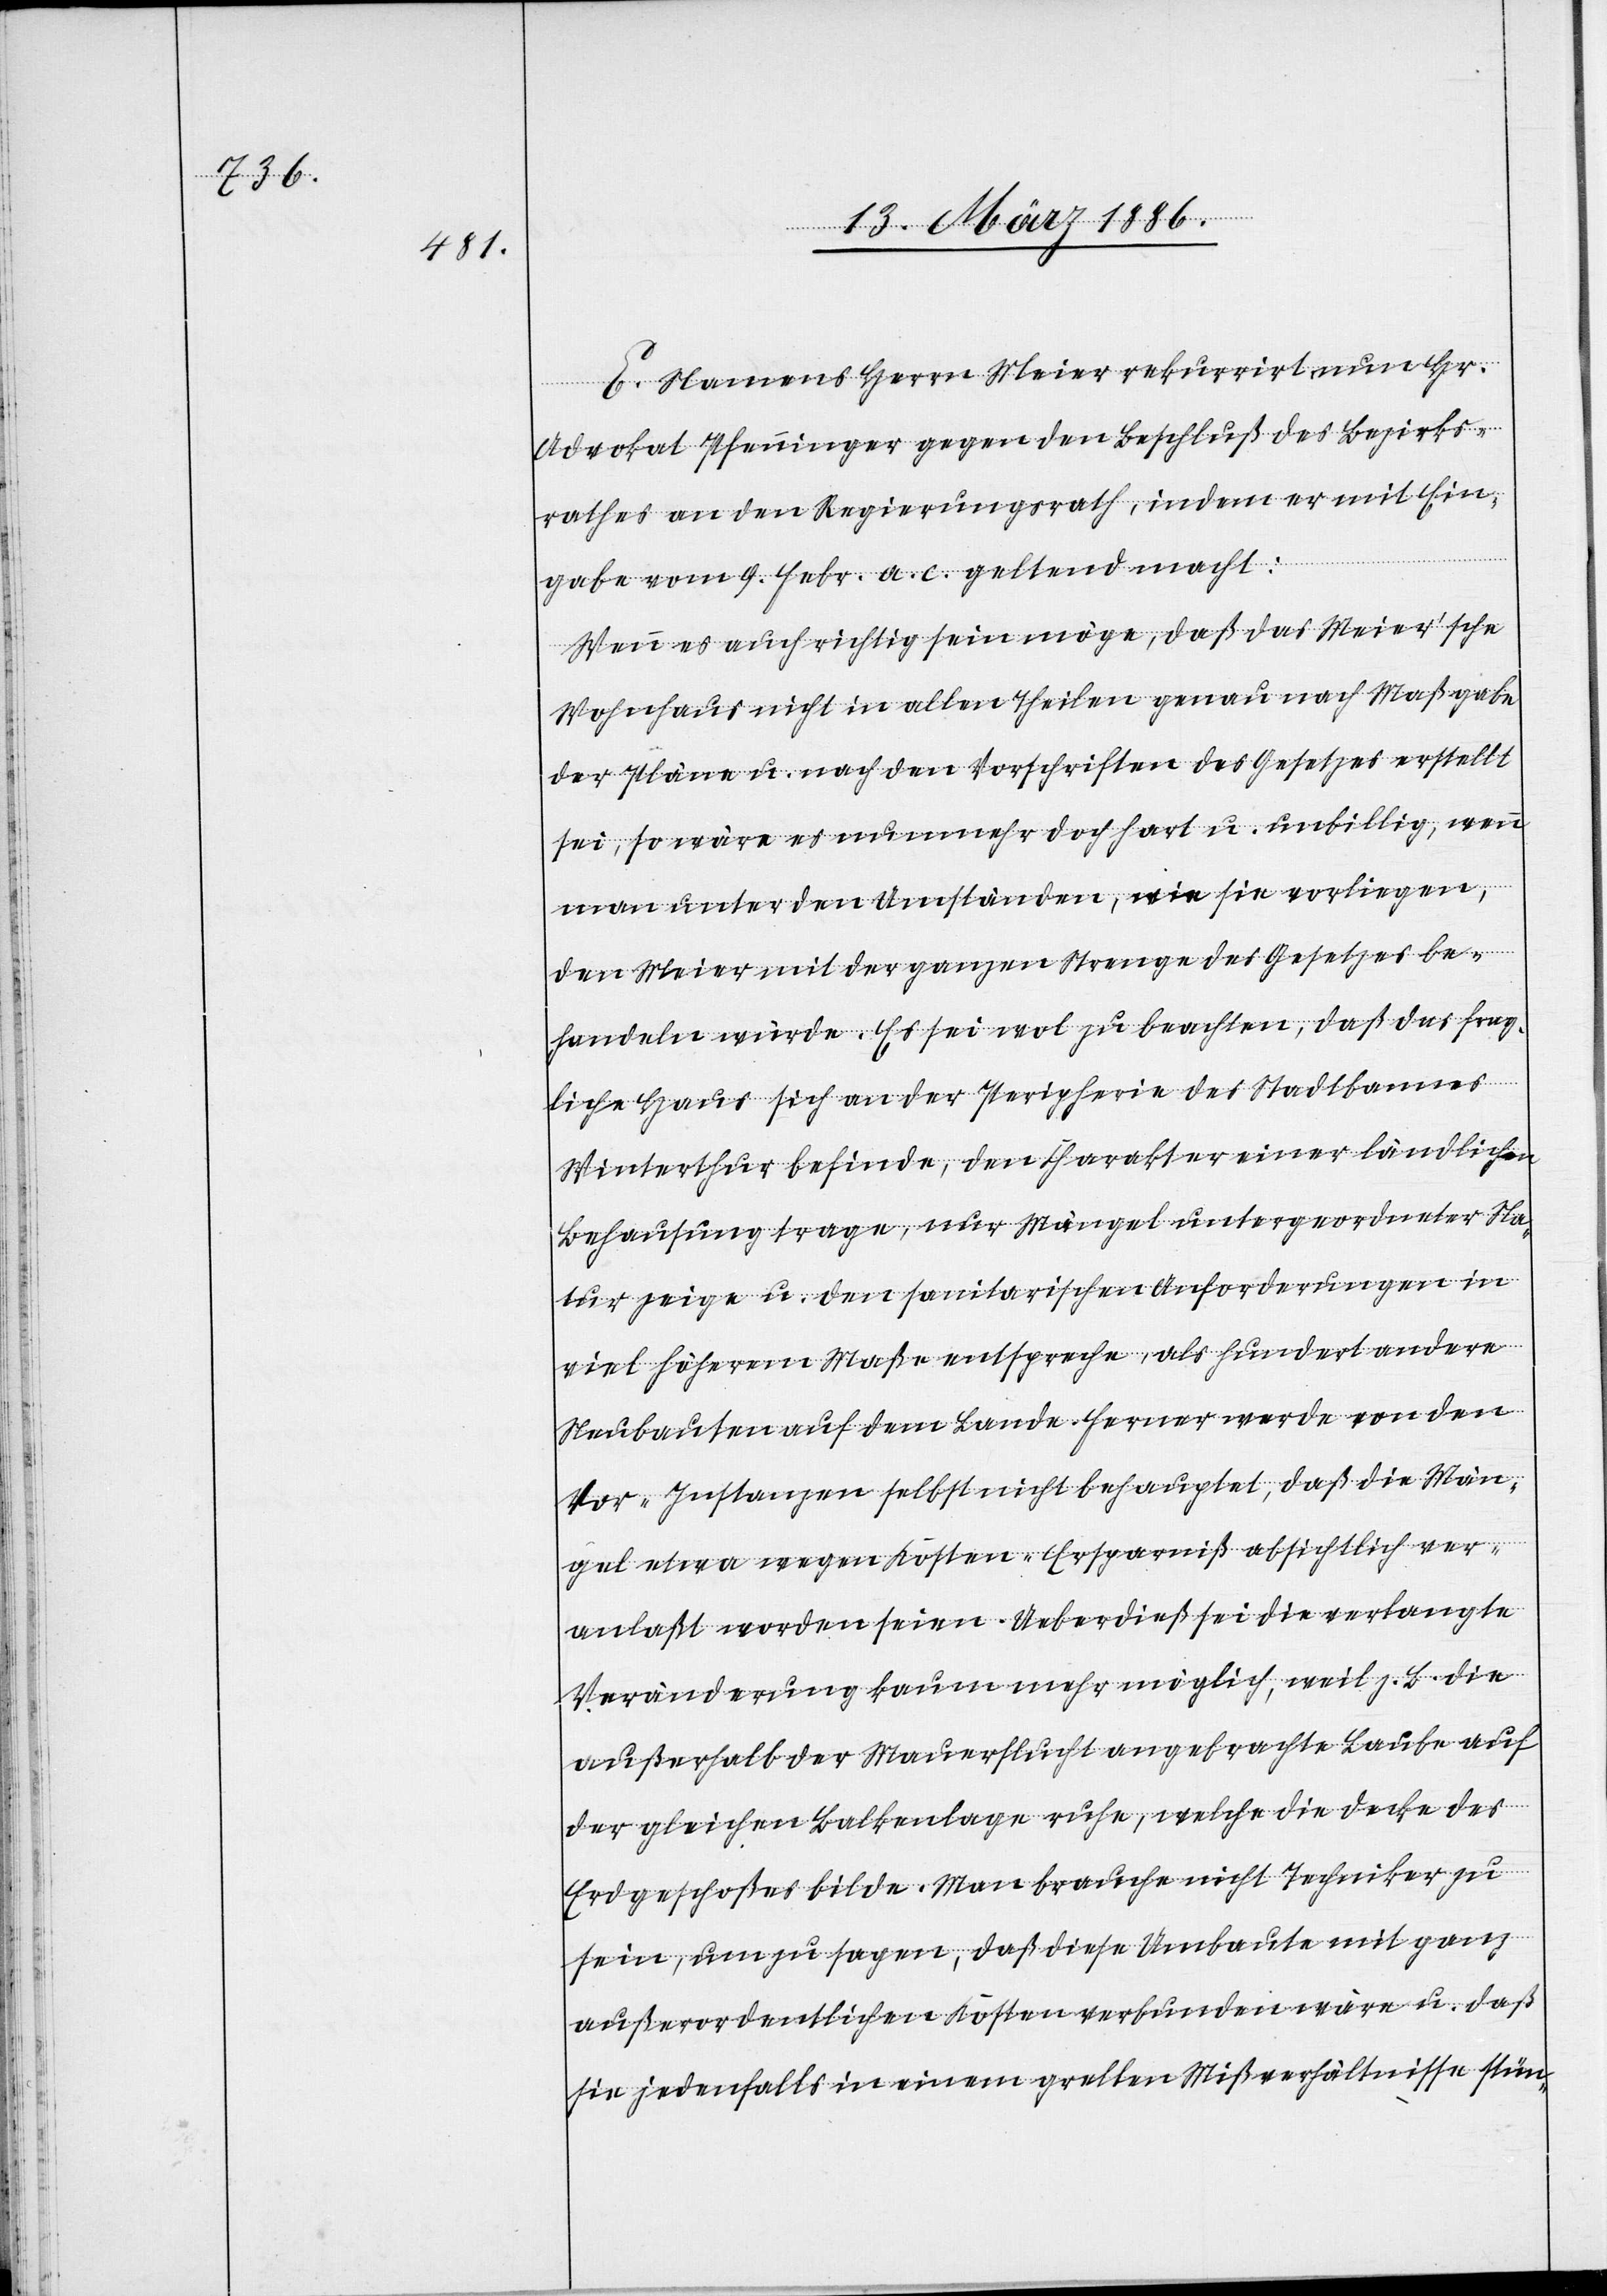
E. Namens Herrn Meier rekurrirt nun Hr.
Advokat Pfenninger gegen den Beschluß des Bezirks¬
rathes an den Regierungsrath, indem er mit Ein¬
gabe vom 9. Febr. a. c. geltend macht:
Wenn es auch richtig sein möge, daß das Meier’sche
Wohnhaus nicht in allen Theilen genau nach Maßgabe
der Pläne u. nach den Vorschriften des Gesetzes erstellt
sei, so wäre es nunmehr doch hart u. unbillig, wenn
man unter den Umständen, wie sie vorliegen,
den Meier mit der ganzen Strenge des Gesetzes be¬
handeln würde. Es sei wol zu beachten, daß das frag¬
liche Haus sich an der Peripherie des Stadtbannes
Winterthur befinde, den Charakter einer ländlichen
Behausung trage, nur Mängel untergeordneter Na¬
tur zeige u. den sanitarischen Anforderungen in
viel höherem Maße entspreche, als hundert andere
Neubauten auf dem Lande. Ferner werde von den
Vor-Instanzen selbst nicht behauptet, daß die Män¬
gel etwa wegen Kosten-Ersparniß absichtlich ver¬
anlaßt worden seien. Ueberdieß sei die verlangte
Veränderung kaum mehr möglich, weil z. B. die
außerhalb der Mauerflucht angebrachte Laube auf
der gleichen Balkenanlage ruhe, welche die Decke des
Erdgeschoßes bilde. Man brauche nicht Techniker zu
sein, um zu sagen, daß diese Umbaute mit ganz
außerordentlichen Kosten verbunden wäre u. daß
sie jedenfalls in einem grellen Mißverhältnisse stün-